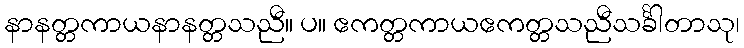
နာနတ္တကာယနာနတ္တသညီ။ ပ။ ဧကတ္တကာယဧကတ္တသညီသင်္ခါတာသု၊